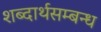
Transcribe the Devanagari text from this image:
शब्दार्थसम्बन्ध